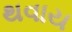
થવાય